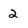
Character: 2